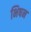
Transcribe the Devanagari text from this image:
भिषन